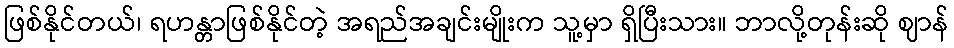
ဖြစ်နိုင်တယ်၊ ရဟန္တာဖြစ်နိုင်တဲ့ အရည်အချင်းမျိုးက သူ့မှာ ရှိပြီးသား။ ဘာလို့တုန်းဆို ဈာန်